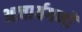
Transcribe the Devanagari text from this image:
आचार्यगणों